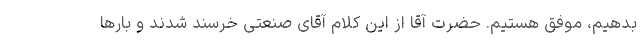
بدهیم، موفق هستیم. حضرت آقا از این کلام آقای صنعتی خرسند شدند و بارها